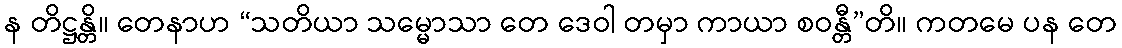
န တိဋ္ဌန္တိ။ တေနာဟ “သတိယာ သမ္မောသာ တေ ဒေဝါ တမှာ ကာယာ စဝန္တီ”တိ။ ကတမေ ပန တေ